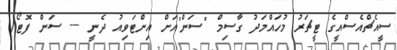
ސީއެޗްއެސްއީގެ ޓީޗަރު މުހައްމަދު ގާސިމް "ސަން"އަށް އިންޓަވިއު ދެނީ --- ސަން ފޮޓޯ/